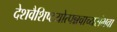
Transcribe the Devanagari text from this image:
देशवैशिष्टयोत्पन्नवाच्यसंभवा